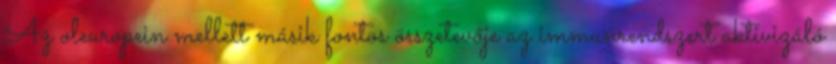
Az oleuropein mellett másik fontos összetevője az immunrendszert aktivizáló